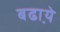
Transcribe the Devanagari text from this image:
बढा़ये